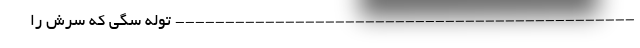
---------------------------------------------- توله سگی که سرش را